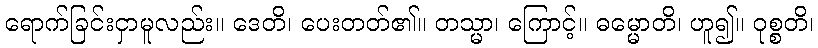
ရောက်ခြင်းငှာမူလည်း။ ဒေတိ၊ ပေးတတ်၏။ တသ္မာ၊ ကြောင့်။ ဓမ္မောတိ၊ ဟူ၍။ ဝုစ္စတိ၊